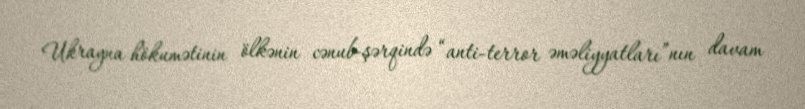
Ukrayna hökumətinin ölkənin cənub-şərqində “anti-terror əməliyyatları”nın davam